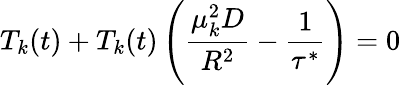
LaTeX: T_{k}(t)+T_{k}(t)\left(\frac{\mu_{k}^{2}D}{R^{2}}-\frac{1}{\tau^{*}}\right)=0